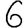
Digit: 6